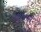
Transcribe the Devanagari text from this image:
डूफ्स